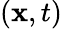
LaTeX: \left({{\mathbf{x}},t}\right)